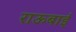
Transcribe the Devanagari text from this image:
राऊबाई